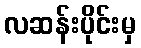
လဆန်းပိုင်းမှ